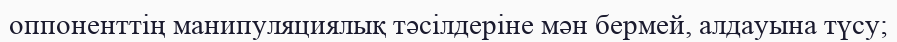
оппоненттің манипуляциялық тәсілдеріне мән бермей, алдауына түсу;